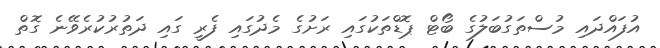
އުފައްދައި މުސްތަގުބަލުގެ ބޯޓް ޕޮޑްތަކުގައި ރަށުގެ މެދުގައި ފެރީ ގައި ދަތުރުކުރެވޭނެ ގޮތް